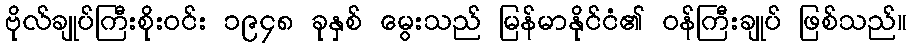
ဗိုလ်ချုပ်ကြီးစိုးဝင်း ၁၉၄၈ ခုနှစ် မွေးသည် မြန်မာနိုင်ငံ၏ ဝန်ကြီးချုပ် ဖြစ်သည်။